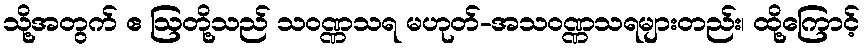
သို့အတွက် ဧ ဩတို့သည် သဝဏ္ဏသရ မဟုတ်-အသဝဏ္ဏသရများတည်း၊ ထို့ကြောင့်